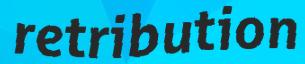
retribution